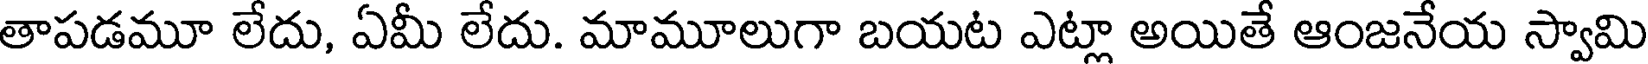
తాపడమూ లేదు, ఏమీ లేదు. మామూలుగా బయట ఎట్లా అయితే ఆంజనేయ స్వామి